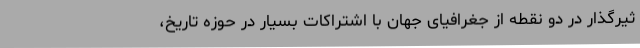
ثیرگذار در دو نقطه از جغرافیای جهان با اشتراکات بسیار در حوزه تاریخ،